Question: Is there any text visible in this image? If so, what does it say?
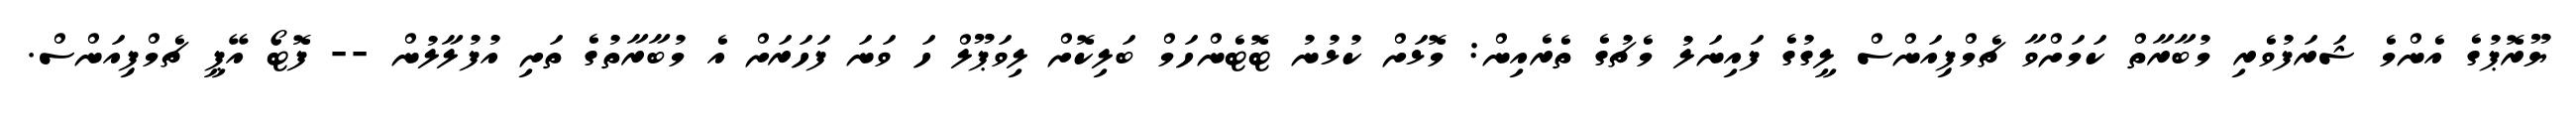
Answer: ޔޫރޮޕުގެ އެންމެ ޝަރަފުވެރި މުބާރާތް ކަމަށްވާ ޗެމްޕިއަންސް ލީގުގެ ފައިނަލު މެޗުގެ ތެރެއިން: މޮޅަށް ކުޅުނު ޓޮޓެންހަމް ބަލިކޮށް ލިވަޕޫލް ހަ ވަނަ ފަހަރަށް އެ މުބާރާތުގެ ތަށި އުފުލާލުން -- ފޮޓޯ އޭޕީ ޗެމްޕިއަންސް.